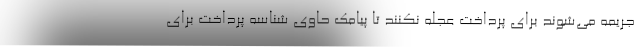
جریمه می‌شوند برای پرداخت عجله نکنند تا پیامک حاوی شناسه پرداخت برای